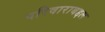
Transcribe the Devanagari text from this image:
परिवाराबद्दल